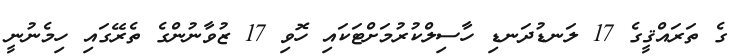
ގެ ތަރައްޤީގެ 17 ލަނޑުދަނޑި ހާސިލްކުރުމަށްޓަކައި ހޮވި 17 ޒުވާނުންގެ ތެރޭގައި ހިމެނުނީ